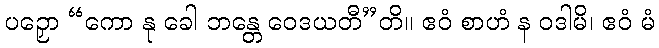
ပဉှော “ကော နု ခေါ ဘန္တေ ဝေဒယတီ”တိ။ ဧဝံ စာဟံ န ဝဒါမိ၊ ဧဝံ မံ